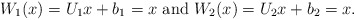
\begin{align*} W_1(x)=U_1x+b_1=x \mbox{ and } W_2(x)=U_2x+b_2 =x \mbox{.}\end{align*}